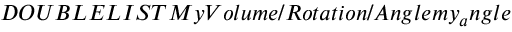
D O U B L E L I S T M y V o l u m e / R o t a t i o n / A n g l e m y _ { a } n g l e